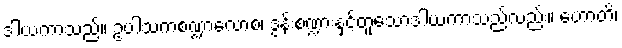
ဒါယကာသည်။ ဥပါသကစဏ္ဍာလောစ၊ ဒွန်းစဏ္ဍားနှင့်တူသောဒါယကာသည်လည်း။ ဟောတိ၊